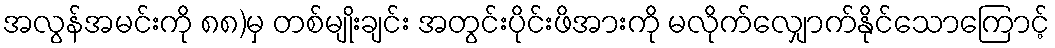
အလွန်အမင်းကို ၈၈)မှ တစ်မျိုးချင်း အတွင်းပိုင်းဖိအားကို မလိုက်လျှောက်နိုင်သောကြောင့်